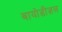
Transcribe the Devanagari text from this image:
बायोडीज़ल